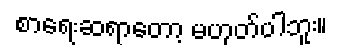
စာရေးဆရာတော့ မဟုတ်ပါဘူး။